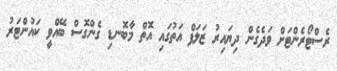
ރެސްޓޯރެންޓަށް ވަދެގެން ދިޔައިރު ޒަލަފް އަތުގައި އޮތް މާބޮނޑި ގެންގޮސް ބޭއްވީ ކައުންޓަރު